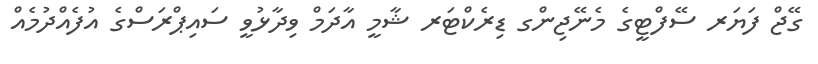
ގޭޖް ފަޔަރ ސޭފްޓީގެ މެނޭޖިންގ ޑިރެކްޓަރ ޝާމީ އާދަމް ވިދާޅުވީ ސައިޕްރަސްގެ އުފެއްދުމެއް